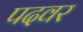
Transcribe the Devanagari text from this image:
पदवर